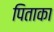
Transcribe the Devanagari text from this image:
पिताका